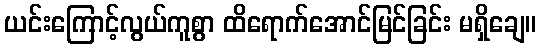
ယင်းကြောင့်လွယ်ကူစွာ ထိရောက်အောင်မြင်ခြင်း မရှိချေ။